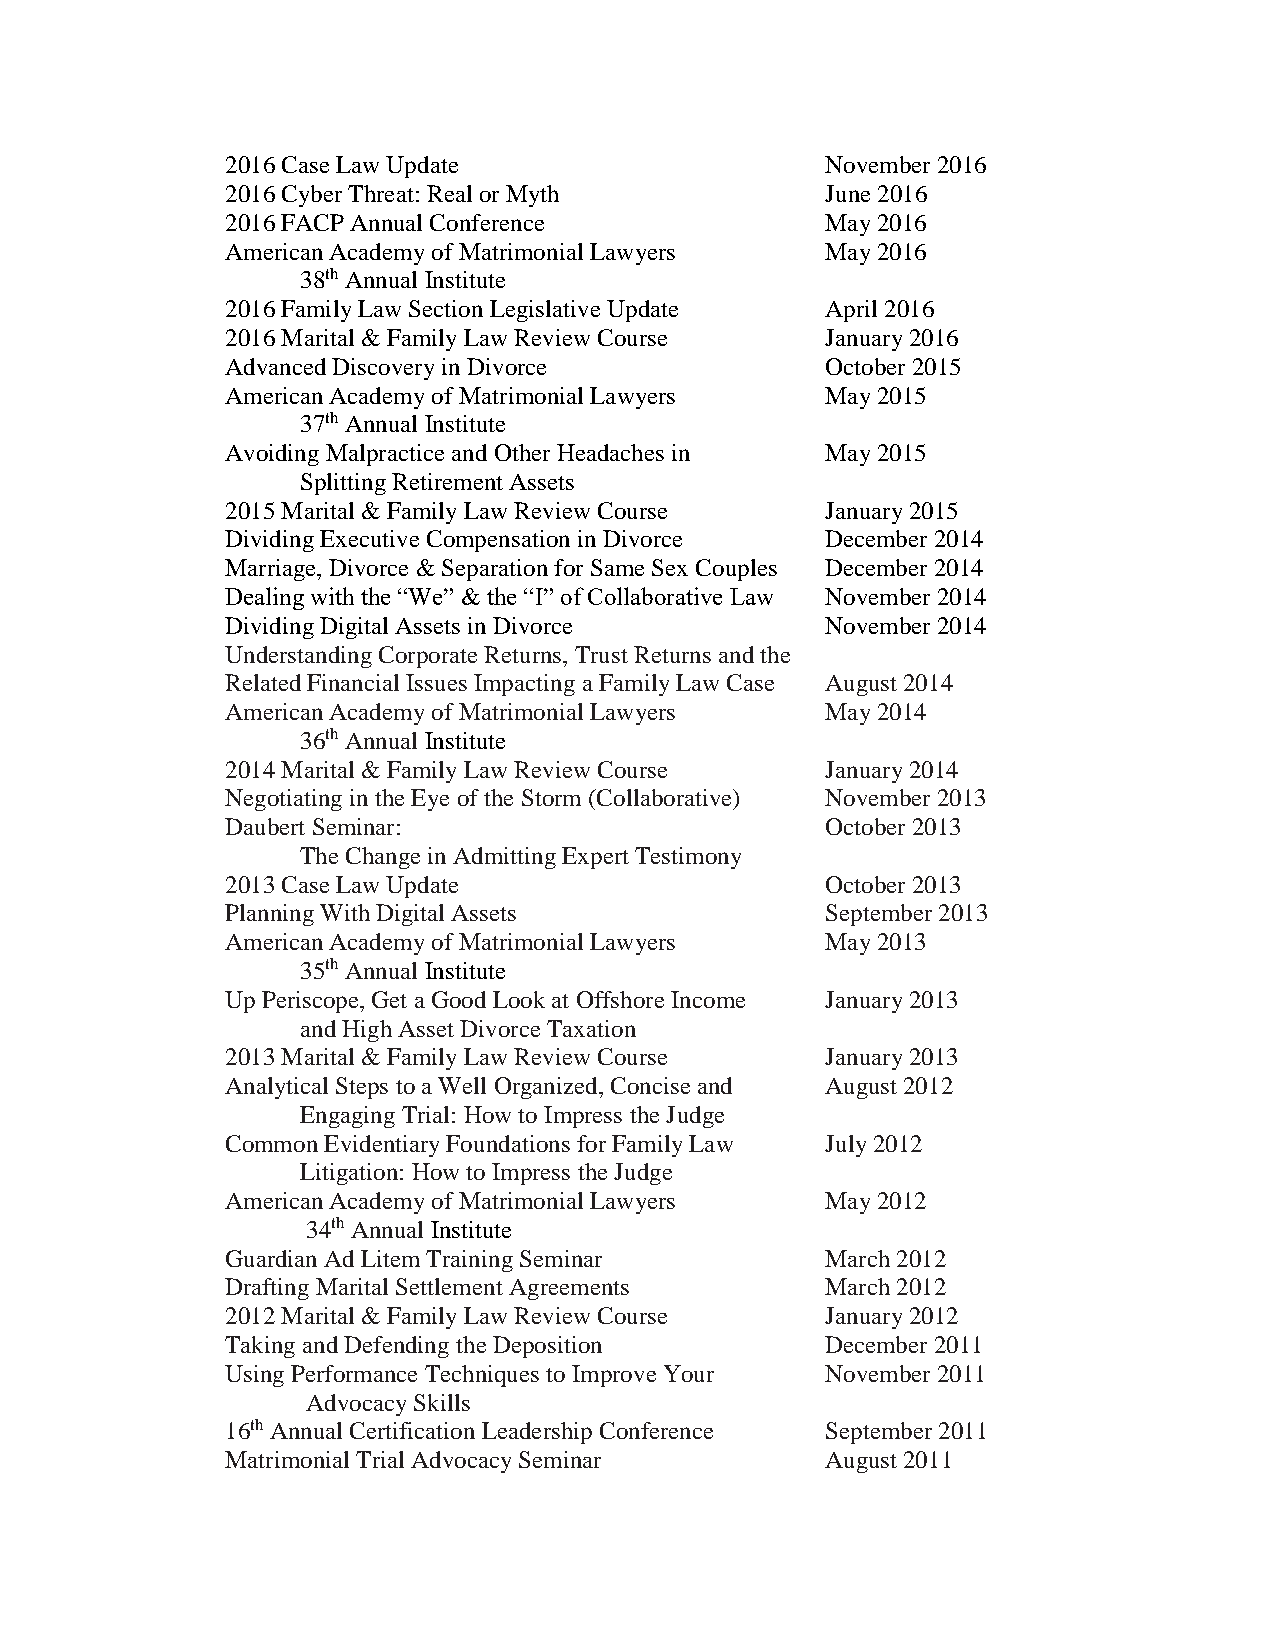
2016 Case Law Update                    November 2016
 2016 Cyber Threat: Real or Myth         June 2016
 2016 FACP Annual Conference             May 2016
 American Academy of Matrimonial Lawyers May 2016
 38th Annual Institute
 2016 Family Law Section Legislative Update April 2016
 2016 Marital & Family Law Review Course January 2016
 Advanced Discovery in Divorce           October 2015
 American Academy of Matrimonial Lawyers May 2015
 37th Annual Institute
 Avoiding Malpractice and Other Headaches in May 2015
 Splitting Retirement Assets
 2015 Marital & Family Law Review Course January 2015
 Dividing Executive Compensation in Divorce December 2014
 Marriage, Divorce & Separation for Same Sex Couples December 2014
 Dealing with the “We” & the “I” of Collaborative Law November 2014
 Dividing Digital Assets in Divorce      November 2014
 Understanding Corporate Returns, Trust Returns and the
 Related Financial Issues Impacting a Family Law Case August 2014
 American Academy of Matrimonial Lawyers May 2014
 36th Annual Institute
 2014 Marital & Family Law Review Course January 2014
 Negotiating in the Eye of the Storm (Collaborative) November 2013
 Daubert Seminar:                        October 2013
 The Change in Admitting Expert Testimony
 2013 Case Law Update                    October 2013
 Planning With Digital Assets            September 2013
 American Academy of Matrimonial Lawyers May 2013
 35th Annual Institute
 Up Periscope, Get a Good Look at Offshore Income January 2013
 and High Asset Divorce Taxation
 2013 Marital & Family Law Review Course January 2013
 Analytical Steps to a Well Organized, Concise and August 2012
 Engaging Trial: How to Impress the Judge
 Common Evidentiary Foundations for Family Law July 2012
 Litigation: How to Impress the Judge
 American Academy of Matrimonial Lawyers May 2012
 34th Annual Institute
 Guardian Ad Litem Training Seminar      March 2012
 Drafting Marital Settlement Agreements  March 2012
 2012 Marital & Family Law Review Course January 2012
 Taking and Defending the Deposition     December 2011
 Using Performance Techniques to Improve Your November 2011
 Advocacy Skills
 16th Annual Certification Leadership Conference September 2011
 Matrimonial Trial Advocacy Seminar      August 2011